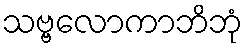
သဗ္ဗလောကာဘိဘုံ